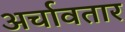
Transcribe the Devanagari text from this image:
अर्चावतार